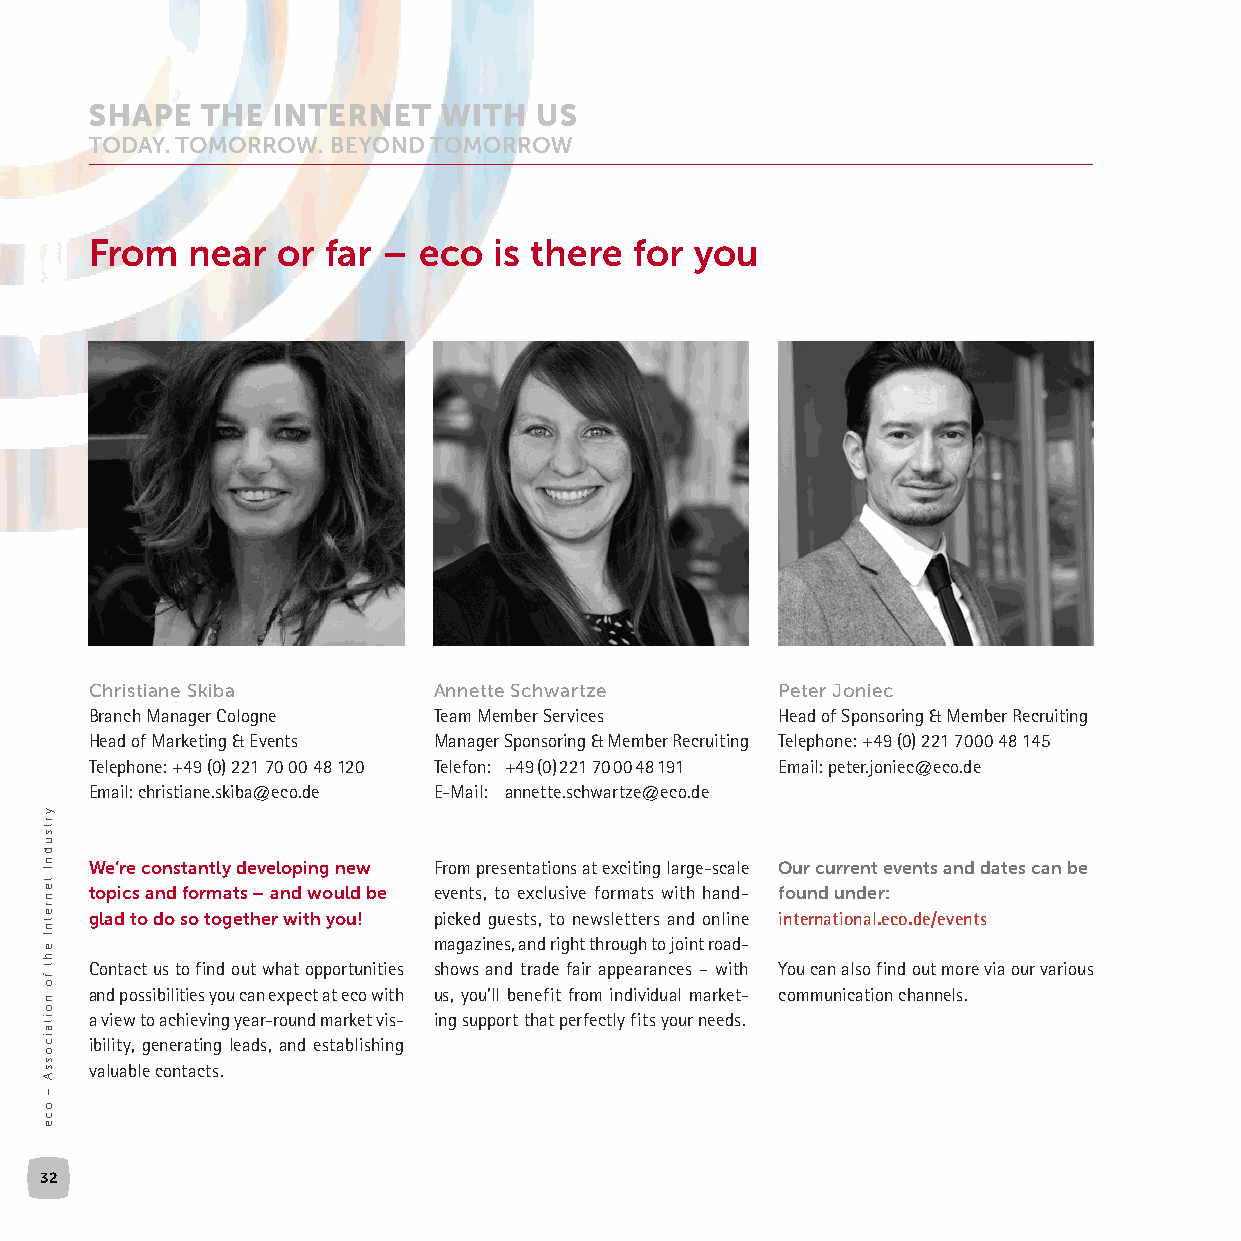
From   near or  far – eco  is there for you
 Christiane Skiba       Annette Schwartze     Peter Joniec
 Branch Manager Cologne Team Member Services  Head of Sponsoring & Member Recruiting
 Head of Marketing & Events Manager Sponsoring & Member Recruiting Telephone: +49 (0) 221 7000 48 145
 Telephone: +49 (0) 221 70 00 48 120 Telefon: +49 (0) 221 70 00 48 191 Email: peter.joniec@eco.de
 Email: christiane.skiba@eco.de E-Mail: annette.schwartze@eco.de
 We’re constantly developing new From presentations at exciting large-scale Our current events and dates can be
 topics and formats – and would be events, to exclusive formats with hand- found under:
 glad to do so together with you! picked guests, to newsletters and online international.eco.de/events
 magazines, and right through to joint road-
 Contact us to find out what opportunities shows and trade fair appearances – with You can also find out more via our various
 and possibilities you can expect at eco with us, you’ll benefit from individual market- communication channels.
 a view to achieving year-round market vis- ing support that perfectly fits your needs.
 ibility, generating leads, and establishing
 valuable contacts.
 32
 yrtsudnI
 tenretnI
 eht
 fo
 noitaicossA
 –
 oce